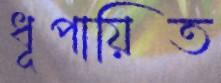
ধূপায়িত